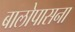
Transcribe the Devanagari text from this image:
बालोपासना